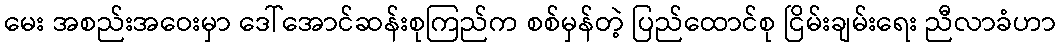
မေး အစည်းအဝေးမှာ ဒေါ်အောင်ဆန်းစုကြည်က စစ်မှန်တဲ့ ပြည်ထောင်စု ငြိမ်းချမ်းရေး ညီလာခံဟာ